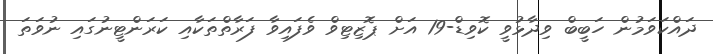
ދައްކަވަމުން ހަބީބް ވިދާޅުވީ ކޮވިޑް-19 އަށް ޕޮޒިޓިވް ވެފައިވާ ފަރާތްތަކާއި ކަރަންޓީނުގައި ނުވަތަ